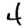
Digit: 4